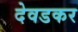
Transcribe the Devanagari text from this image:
देवडकर